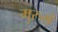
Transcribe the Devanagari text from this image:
मुरुमे